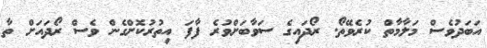
އަބަދުވެސް މަލާމާތް ކުރެވޭތޯ. ރޯދައިގެ ސަވާބަށްވުރެ ފާފަ އިތުރުކޮށްގެން ވެސް ރޯދައަށް ތާ